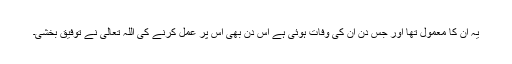
یہ ان کا معمول تھا اور جس دن ان کی وفات ہوئی ہے اس دن بھی اس پر عمل کرنے کی اللہ تعالیٰ نے توفیق بخشی۔